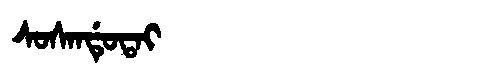
Manchu: ᠰᠣᠰᠠᠨᡩᡠᡨᠠᡳ
Romanization: SOSANDUTAI